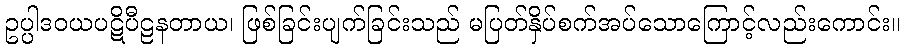
ဥပ္ပါဒဝယပဋိပီဠနတာယ၊ ဖြစ်ခြင်းပျက်ခြင်းသည် မပြတ်နှိပ်စက်အပ်သောကြောင့်လည်းကောင်း။